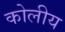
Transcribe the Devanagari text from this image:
कोलीय